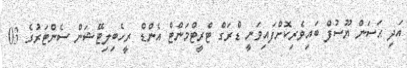
އަދި ޙަސަން ޔޫސުފް ބައިވެރިކޮށްފައިވަނީ ޑްރަގް ޓްރީޓްމަންޓް އެންޑް ރީހެބިލިޓޭޝަން ސެންޓަރުގެ 03